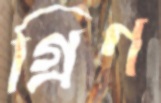
গ্রিণ